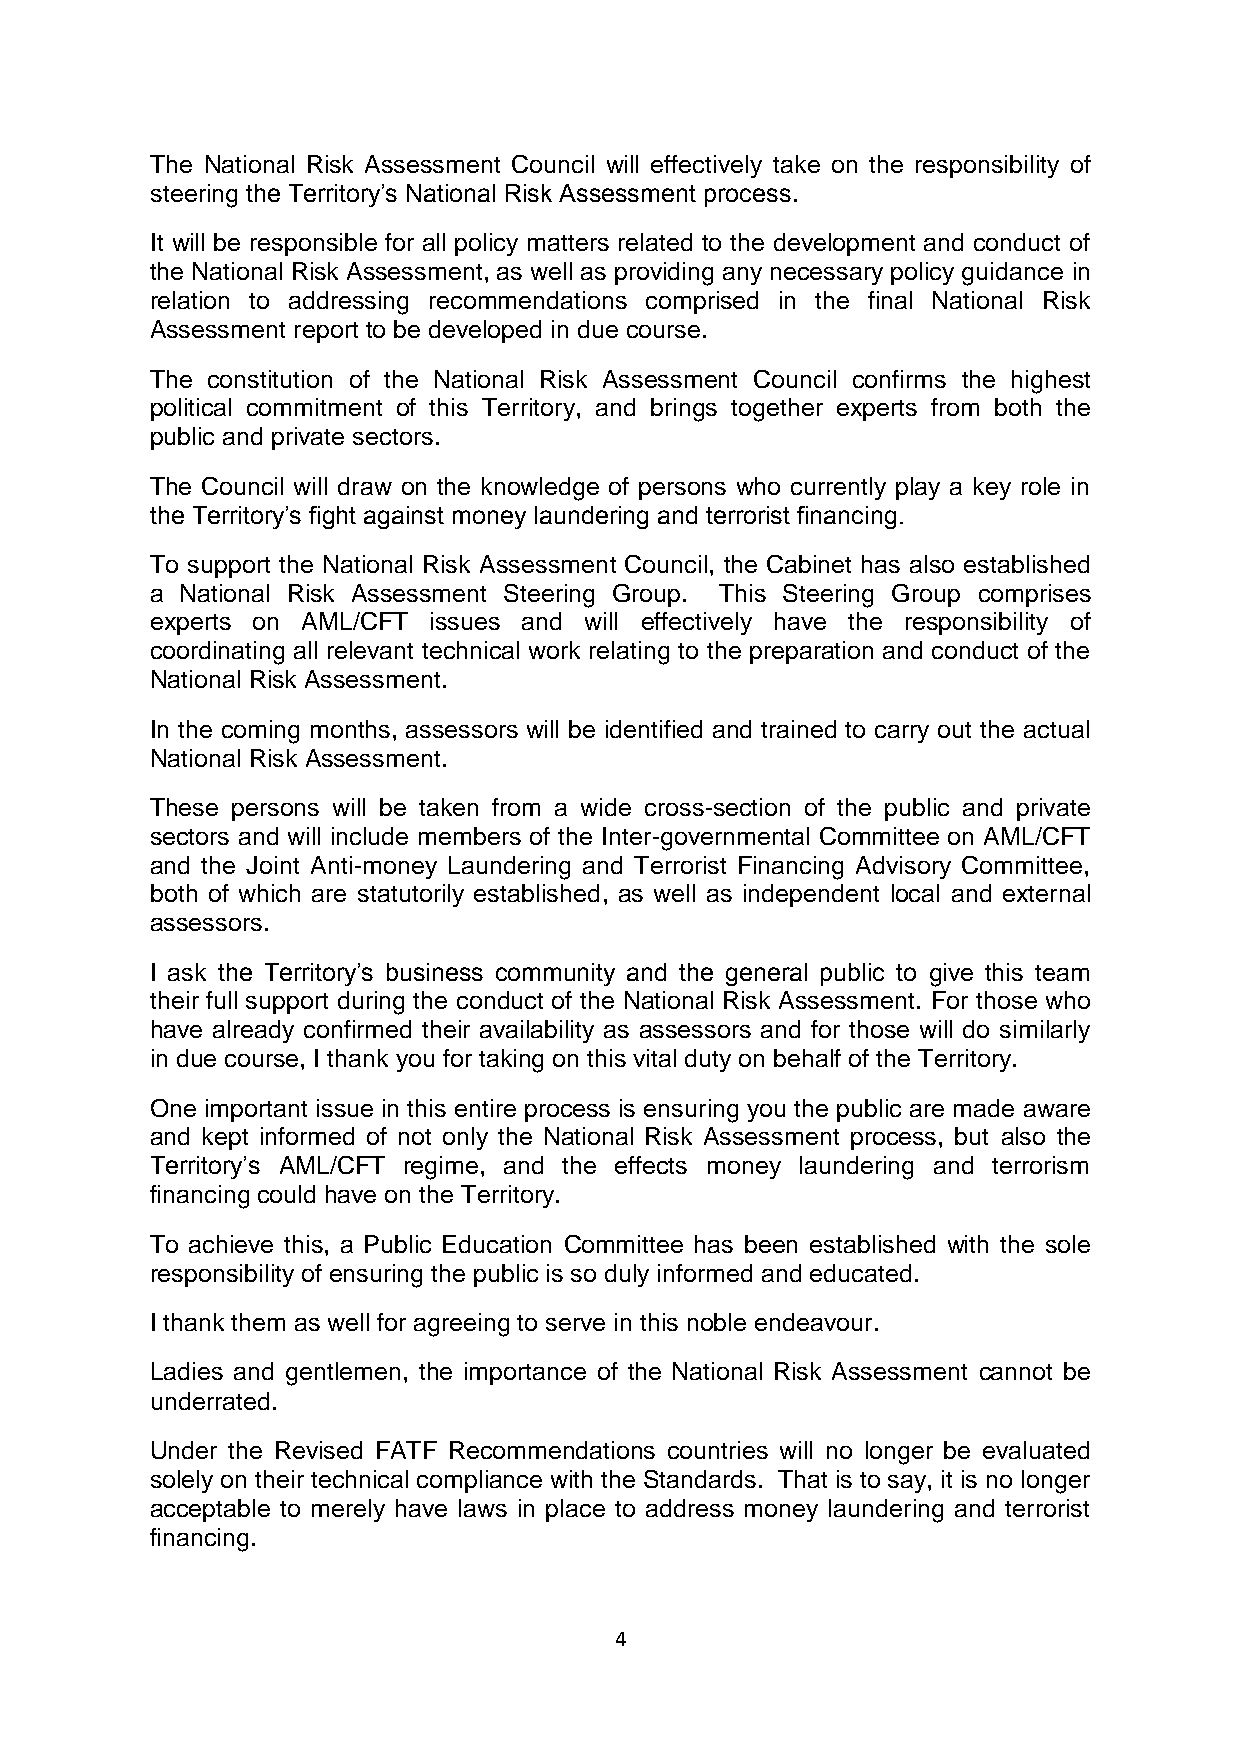
The National Risk Assessment Council will effectively take on the responsibility of
 steering the Territory’s National Risk Assessment process.
 It will be responsible for all policy matters related to the development and conduct of
 the National Risk Assessment, as well as providing any necessary policy guidance in
 relation to addressing recommendations comprised in the final National Risk
 Assessment report to be developed in due course.
 The constitution of the National Risk Assessment Council confirms the highest
 political commitment of this Territory, and brings together experts from both the
 public and private sectors.
 The Council will draw on the knowledge of persons who currently play a key role in
 the Territory’s fight against money laundering and terrorist financing.
 To support the National Risk Assessment Council, the Cabinet has also established
 a National Risk Assessment Steering Group. This Steering Group comprises
 experts on AML/CFT issues and will effectively have the responsibility of
 coordinating all relevant technical work relating to the preparation and conduct of the
 National Risk Assessment.
 In the coming months, assessors will be identified and trained to carry out the actual
 National Risk Assessment.
 These persons will be taken from a wide cross-section of the public and private
 sectors and will include members of the Inter-governmental Committee on AML/CFT
 and the Joint Anti-money Laundering and Terrorist Financing Advisory Committee,
 both of which are statutorily established, as well as independent local and external
 assessors.
 I ask the Territory’s business community and the general public to give this team
 their full support during the conduct of the National Risk Assessment. For those who
 have already confirmed their availability as assessors and for those will do similarly
 in due course, I thank you for taking on this vital duty on behalf of the Territory.
 One important issue in this entire process is ensuring you the public are made aware
 and kept informed of not only the National Risk Assessment process, but also the
 Territory’s AML/CFT regime, and the effects money laundering and terrorism
 financing could have on the Territory.
 To achieve this, a Public Education Committee has been established with the sole
 responsibility of ensuring the public is so duly informed and educated.
 I thank them as well for agreeing to serve in this noble endeavour.
 Ladies and gentlemen, the importance of the National Risk Assessment cannot be
 underrated.
 Under the Revised FATF Recommendations countries will no longer be evaluated
 solely on their technical compliance with the Standards. That is to say, it is no longer
 acceptable to merely have laws in place to address money laundering and terrorist
 financing.
 4